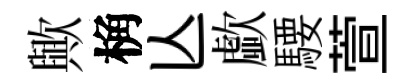
歟桷亾歔騕萱